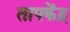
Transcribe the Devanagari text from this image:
तापकेंद्र